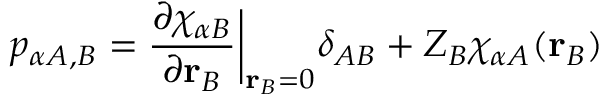
p _ { \alpha A , B } = \frac { \partial \chi _ { \alpha B } } { \partial \mathbf { r } _ { B } } \bigg | _ { \mathbf { r } _ { B } = 0 } \delta _ { A B } + Z _ { B } \chi _ { \alpha A } ( \mathbf { r } _ { B } )